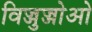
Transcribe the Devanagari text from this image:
विज्जुज्जोओ